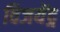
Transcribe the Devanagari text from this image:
विजयेंद्ग